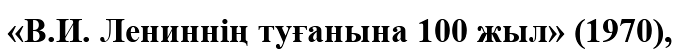
«В.И. Лениннің туғанына 100 жыл» (1970),